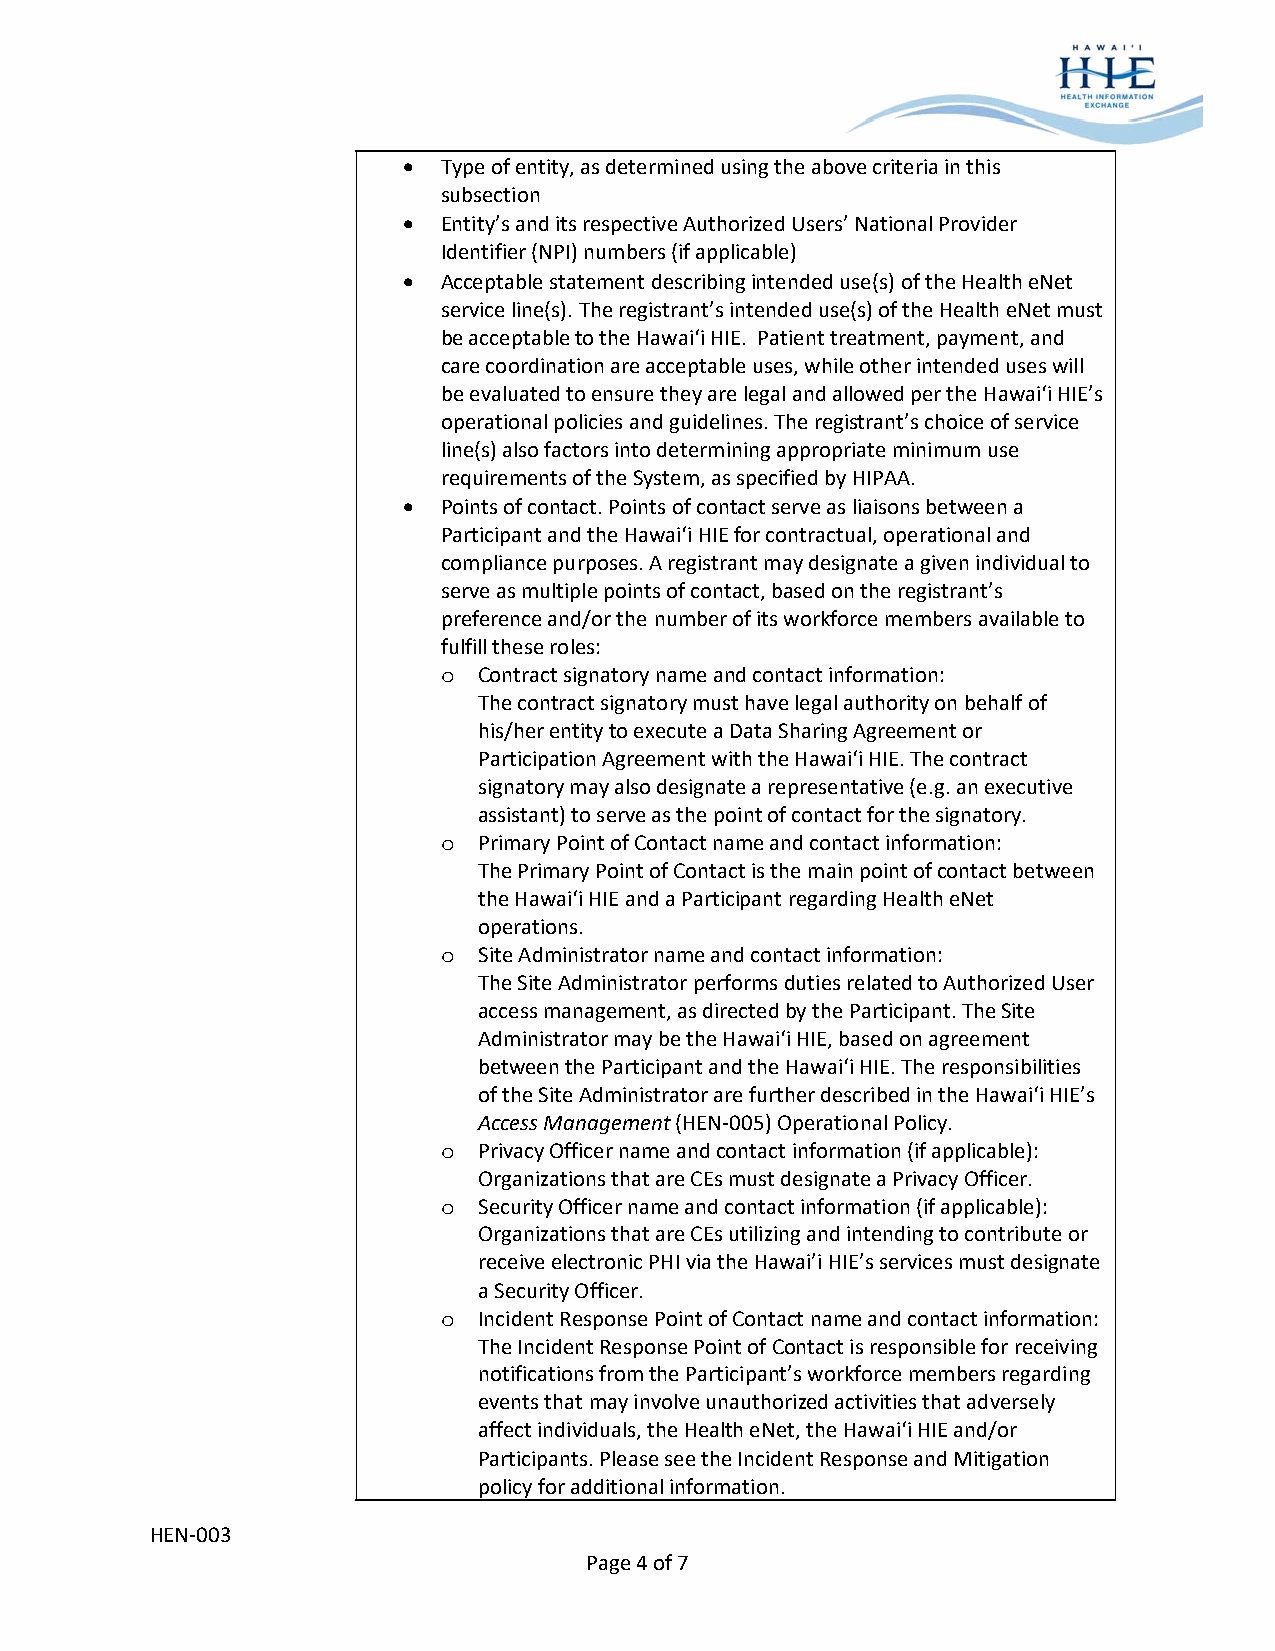
 Type of entity, as determined using the above criteria in this
 subsection
  Entity’s and its respective Authorized Users’ National Provider
 Identifier (NPI) numbers (if applicable)
  Acceptable statement describing intended use(s) of the Health eNet
 service line(s). The registrant’s intended use(s) of the Health eNet must
 be acceptable to the Hawai‘i HIE. Patient treatment, payment, and
 care coordination are acceptable uses, while other intended uses will
 be evaluated to ensure they are legal and allowed per the Hawai‘i HIE’s
 operational policies and guidelines. The registrant’s choice of service
 line(s) also factors into determining appropriate minimum use
 requirements of the System, as specified by HIPAA.
  Points of contact. Points of contact serve as liaisons between a
 Participant and the Hawai‘i HIE for contractual, operational and
 compliance purposes. A registrant may designate a given individual to
 serve as multiple points of contact, based on the registrant’s
 preference and/or the number of its workforce members available to
 fulfill these roles:
 o  Contract signatory name and contact information:
 The contract signatory must have legal authority on behalf of
 his/her entity to execute a Data Sharing Agreement or
 Participation Agreement with the Hawai‘i HIE. The contract
 signatory may also designate a representative (e.g. an executive
 assistant) to serve as the point of contact for the signatory.
 o  Primary Point of Contact name and contact information:
 The Primary Point of Contact is the main point of contact between
 the Hawai‘i HIE and a Participant regarding Health eNet
 operations.
 o  Site Administrator name and contact information:
 The Site Administrator performs duties related to Authorized User
 access management, as directed by the Participant. The Site
 Administrator may be the Hawai‘i HIE, based on agreement
 between the Participant and the Hawai‘i HIE. The responsibilities
 of the Site Administrator are further described in the Hawai‘i HIE’s
 Access Management (HEN‐005) Operational Policy.
 o  Privacy Officer name and contact information (if applicable):
 Organizations that are CEs must designate a Privacy Officer.
 o  Security Officer name and contact information (if applicable):
 Organizations that are CEs utilizing and intending to contribute or
 receive electronic PHI via the Hawai’i HIE’s services must designate
 a Security Officer.
 o  Incident Response Point of Contact name and contact information:
 The Incident Response Point of Contact is responsible for receiving
 notifications from the Participant’s workforce members regarding
 events that may involve unauthorized activities that adversely
 affect individuals, the Health eNet, the Hawai‘i HIE and/or
 Participants. Please see the Incident Response and Mitigation
 policy for additional information.
 HEN‐003
 Page 4 of 7